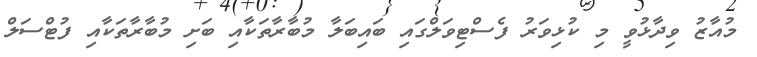
މުއާޒު ވިދާޅުވީ މި ކުޅިވަރު ފެސްޓިވަލްގައި ބައިބަލާ މުބާރާތަކާއި ބަށި މުބާރާތަކާއި ފުޓްސަލް